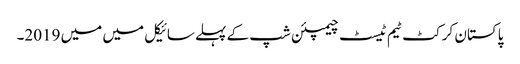
پاکستان کرکٹ ٹیم ٹیسٹ چیمپئن شپ کے پہلے سائیکل میں میں 2019۔